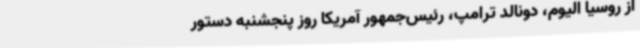
از روسیا الیوم، دونالد ترامپ، رئیس‌جمهور آمریکا روز پنجشنبه دستور